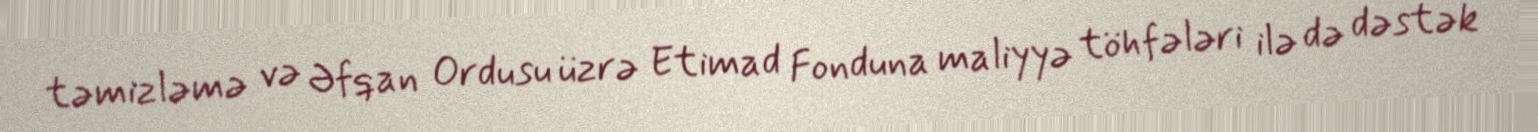
təmizləmə və Əfqan Ordusu üzrə Etimad Fonduna maliyyə töhfələri ilə də dəstək